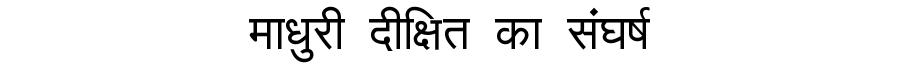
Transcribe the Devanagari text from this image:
माधुरी दीक्षित का संघर्ष